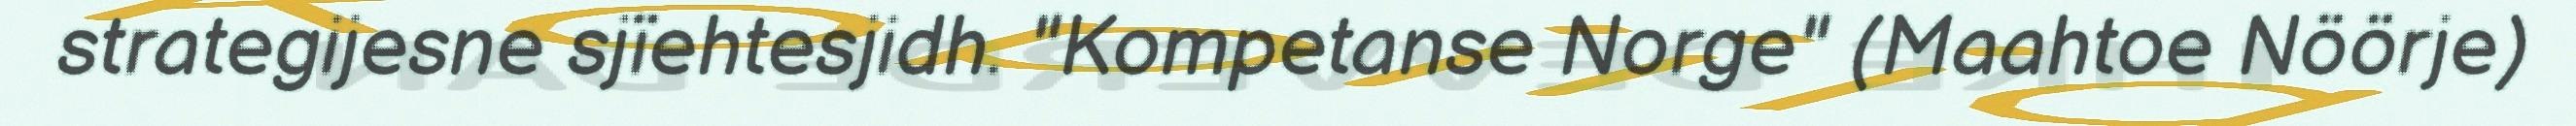
strategijesne sjïehtesjidh. "Kompetanse Norge" (Maahtoe Nöörje)